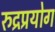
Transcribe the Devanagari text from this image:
रुद्रप्रयोग